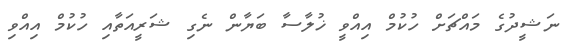
ނަޝީދުގެ މައްޗަށް ހުކުމް އިއްވީ ޚުލާސާ ބަޔާން ނެގި ޝަރީއަތާއި ހުކުމް އިއްވި